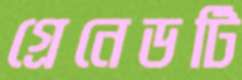
গ্রেনেডটি